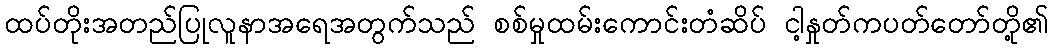
ထပ်တိုးအတည်ပြုလူနာအရေအတွက်သည် စစ်မှုထမ်းကောင်းတံဆိပ် ငါ့နှုတ်ကပတ်တော်တို့၏